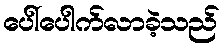
ပေါ်ပေါက်လာခဲ့သည်